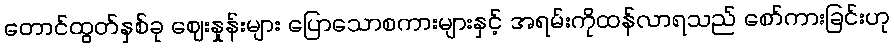
တောင်ထွတ်နှစ်ခု ဈေးနှုန်းများ ပြောသောစကားများနှင့် အရမ်းကိုထန်လာရသည် စော်ကားခြင်းဟု